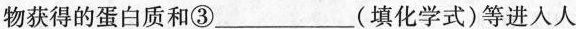
物获得的蛋白质和③___(填化学式)等进入人